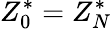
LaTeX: Z_{0}^{*}=Z_{N}^{*}